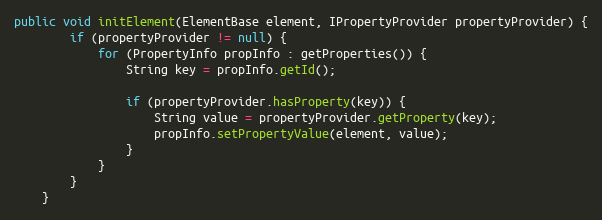
Language: Java
public void initElement(ElementBase element, IPropertyProvider propertyProvider) {
        if (propertyProvider != null) {
            for (PropertyInfo propInfo : getProperties()) {
                String key = propInfo.getId();

                if (propertyProvider.hasProperty(key)) {
                    String value = propertyProvider.getProperty(key);
                    propInfo.setPropertyValue(element, value);
                }
            }
        }
    }